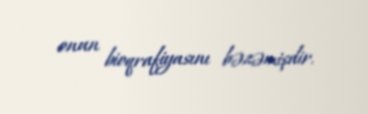
onun bioqrafiyasını bəzəmişdir.